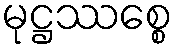
မုဋ္ဌဿစ္စေ